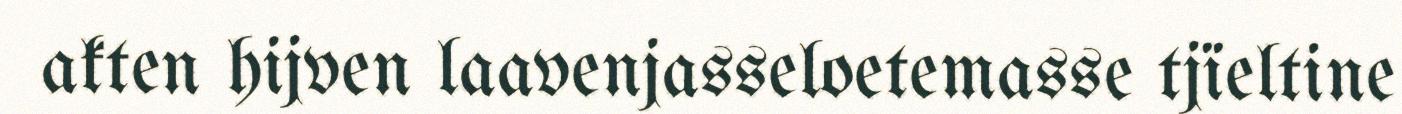
akten hijven laavenjasseloetemasse tjïeltine